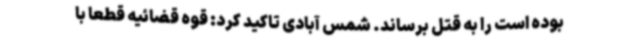
بوده است را به قتل برساند. شمس آبادی تاکید کرد: قوه قضائیه قطعاً با